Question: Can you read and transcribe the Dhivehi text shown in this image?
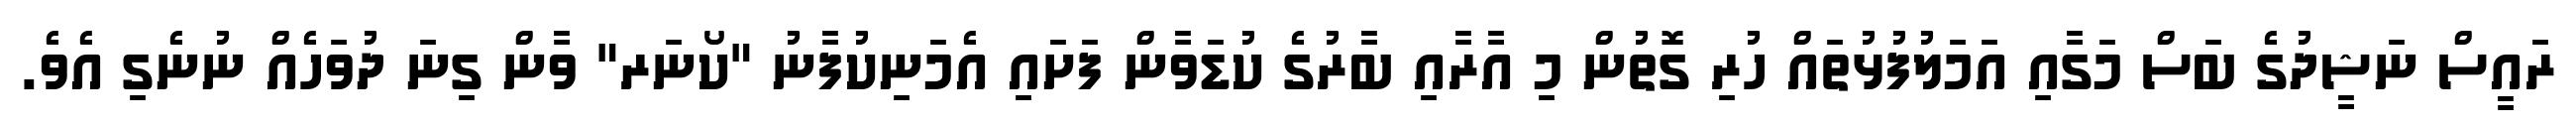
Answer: ރައީސް ނަޝީދުގެ ބަސް މަގާއި އަމަލުފުޅުތައް ހުރި ގޮތުން މި އާރާއި ބާރުގެ ކުޑަވާން ފަށައި އެމަނިކުފާނު "ކޯނަރ" ވާން ގިނަ ދުވަހެއް ނުނެގި އެވެ.